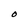
Character: O